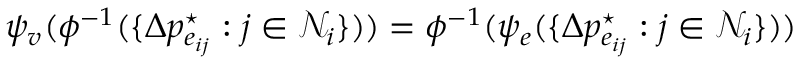
\psi _ { v } ( \phi ^ { - 1 } ( \{ \Delta p _ { e _ { i j } } ^ { \star } : j \in \mathcal { N } _ { i } \} ) ) = \phi ^ { - 1 } ( \psi _ { e } ( \{ \Delta p _ { e _ { i j } } ^ { \star } : j \in \mathcal { N } _ { i } \} ) )